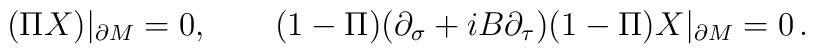
(\Pi X)|_{\partial M}=0,\qquad (1-\Pi)(\partial_\sigma +iB\partial_\tau ) (1-\Pi )X |_{\partial M}=0 \,.